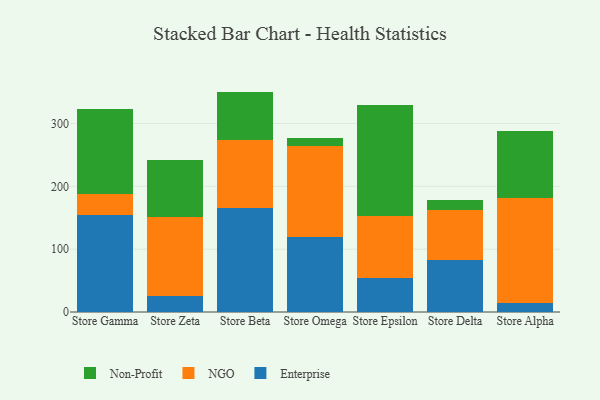
{"axis": {"x": "Store", "y": "Inventory Turnover"}, "legend": ["Enterprise", "NGO", "Non-Profit"], "data": [{"x": "Store Gamma", "y": 154.9, "type": "Enterprise"}, {"x": "Store Gamma", "y": 32.4, "type": "NGO"}, {"x": "Store Gamma", "y": 135.7, "type": "Non-Profit"}, {"x": "Store Zeta", "y": 25.6, "type": "Enterprise"}, {"x": "Store Zeta", "y": 125.3, "type": "NGO"}, {"x": "Store Zeta", "y": 90.5, "type": "Non-Profit"}, {"x": "Store Beta", "y": 165.3, "type": "Enterprise"}, {"x": "Store Beta", "y": 108.0, "type": "NGO"}, {"x": "Store Beta", "y": 77.5, "type": "Non-Profit"}, {"x": "Store Omega", "y": 118.8, "type": "Enterprise"}, {"x": "Store Omega", "y": 145.3, "type": "NGO"}, {"x": "Store Omega", "y": 12.5, "type": "Non-Profit"}, {"x": "Store Epsilon", "y": 53.6, "type": "Enterprise"}, {"x": "Store Epsilon", "y": 99.8, "type": "NGO"}, {"x": "Store Epsilon", "y": 175.5, "type": "Non-Profit"}, {"x": "Store Delta", "y": 83.2, "type": "Enterprise"}, {"x": "Store Delta", "y": 78.9, "type": "NGO"}, {"x": "Store Delta", "y": 16.7, "type": "Non-Profit"}, {"x": "Store Alpha", "y": 14.0, "type": "Enterprise"}, {"x": "Store Alpha", "y": 167.0, "type": "NGO"}, {"x": "Store Alpha", "y": 107.5, "type": "Non-Profit"}]}